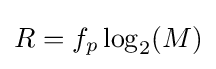
R=f_{p}\log _{2}(M)